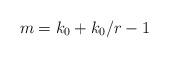
LaTeX: \begin{align*}m = k_0 + k_0/r-1\end{align*}